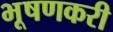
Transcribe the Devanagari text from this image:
भूषणकरी